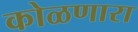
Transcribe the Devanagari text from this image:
कोळणारा